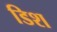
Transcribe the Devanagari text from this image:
डिश